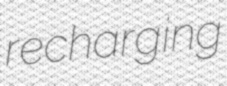
recharging